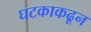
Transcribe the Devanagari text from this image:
घटकाकढून